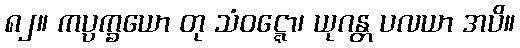
၈၂။ ကပ္ပက္ခယော တု သံဝဋ္ဋော၊ ယုဂန္တ ပလယာ အပိ။